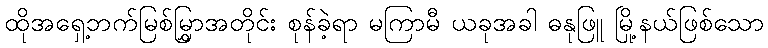
ထိုအရှေ့ဘက်မြစ်မြွှာအတိုင်း စုန်ခဲ့ရာ မကြာမီ ယခုအခါ ဓနုဖြူ မြို့နယ်ဖြစ်သော